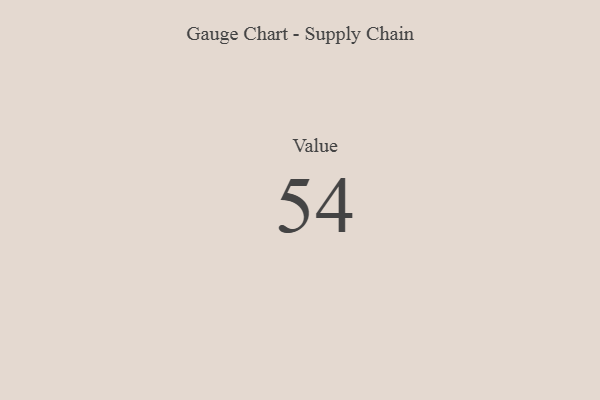
{"axis": {"x": "Metric", "y": "Value"}, "legend": [""], "data": [{"x": "Value", "y": 54, "type": ""}]}